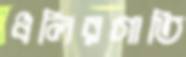
ধলিরগাতি